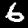
Label: 6